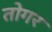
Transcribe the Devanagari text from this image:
तोगर